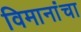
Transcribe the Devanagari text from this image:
विमानांंचा